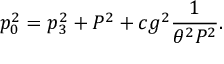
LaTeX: p _ { 0 } ^ { 2 } = p _ { 3 } ^ { 2 } + P ^ { 2 } + c g ^ { 2 } { \frac { 1 } { \theta ^ { 2 } P ^ { 2 } } } .